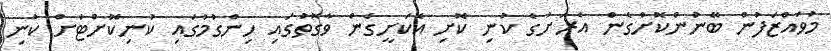
މުވައްޒަފުން ބޭނުންކޮށްގެން އެރަށުގެ ކުނި ކޮށި އެކަށީގެން ވާގޮތުގައި ހިންގުމުގައި ކުނިކޮށްޓަށް ކުނި